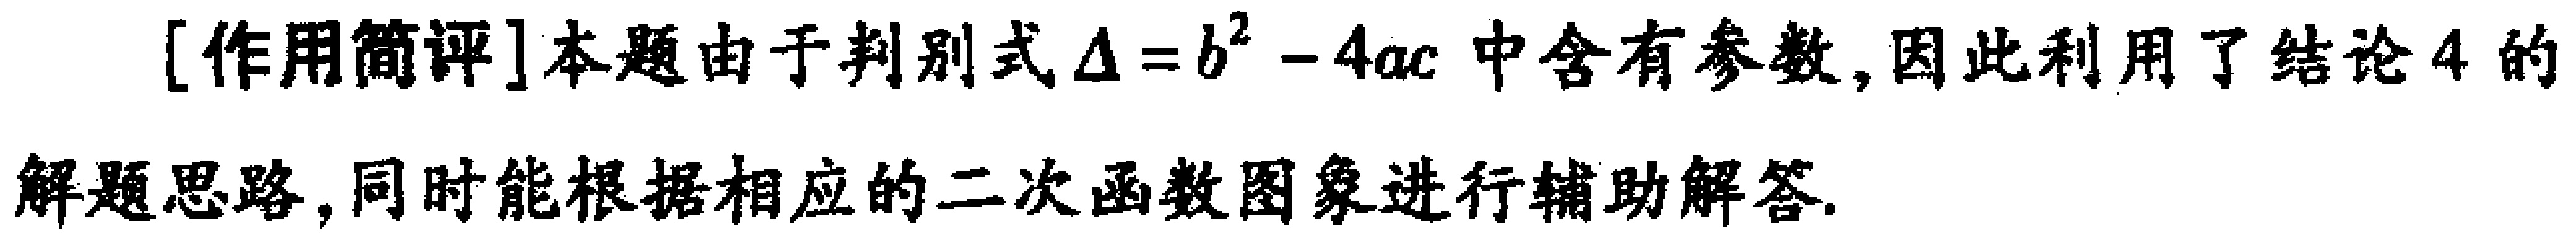
[作用简评]本题由于判别式\(\Delta = b^{2} - 4ac\)中含有参数,因此利用了结论4的解题思路,同时能根据相应的二次函数图象进行辅助解答.